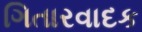
ગિતારવાદક